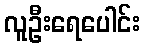
လူဦးရေပေါင်း